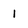
Character: I